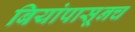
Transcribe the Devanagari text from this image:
बियांपासूनच